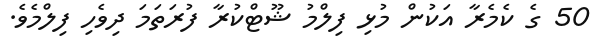
50 ގެ ކެމެރާ އަކުން މުޅި ފިލްމު ޝޫޓްކުރާ ފުރަތަމަ ދިވެހި ފިލްމެވެ.